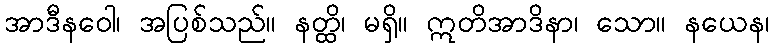
အာဒီနဝေါ၊ အပြစ်သည်။ နတ္ထိ၊ မရှိ။ ဣတိအာဒိနာ၊ သော။ နယေန၊